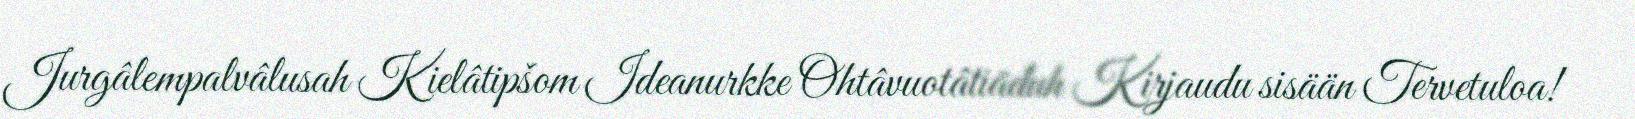
Jurgâlempalvâlusah Kielâtipšom Ideanurkke Ohtâvuotâtiäđuh Kirjaudu sisään Tervetuloa!